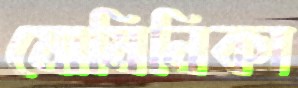
মোমিনিকা